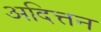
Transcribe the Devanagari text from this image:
अदित्तन